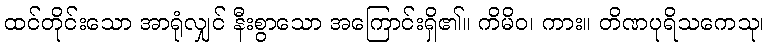
ထင်တိုင်းသော အာရုံလျှင် နီးစွာသော အကြောင်းရှိ၏။ ကိမိဝ၊ ကား။ တိဏပုရိသကေသု၊